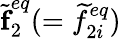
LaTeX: \widetilde{\textbf{f}}_{2}^{eq}(=\widetilde{f}_{2i}^{eq})